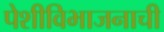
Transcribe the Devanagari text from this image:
पेशीविभाजनाची